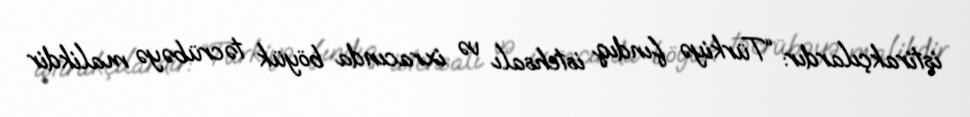
iştirakçılardır: “Türkiyə fındıq istehsalı və ixracında böyük təcrübəyə malikdir